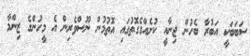
ސަބަބަކީ އަބުރާ ބެހުން ޖިނާއީ ކުށެއްގެގޮތުގައި އޮތުމުން ނޫސްވެރިން އެ މީހުންގެ ޒިންމާ